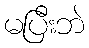
မပြီးဘဲ